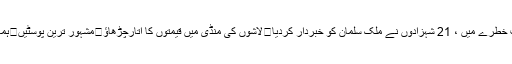
ذوالفقار علی بھٹو جونیئر	سعودی بادشاہت خطرے میں ، 21 شہزادوں نے ملک سلمان کو خبردار کردیا	لاشوں کی منڈی میں قیمتوں کا اتارچڑھاؤ	مشہور ترین پوسٹیں	ہماری ٹیم کوئٹہ کے خلاف دھاندلی ہوئی ہے